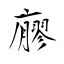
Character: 廫